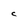
Character: C